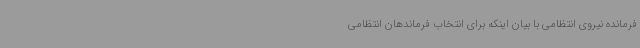
فرمانده نیروی انتظامی با بیان اینکه برای انتخاب فرماندهان انتظامی